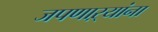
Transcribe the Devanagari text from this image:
जपणाऱ्यांना